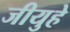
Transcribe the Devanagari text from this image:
जीयुहे